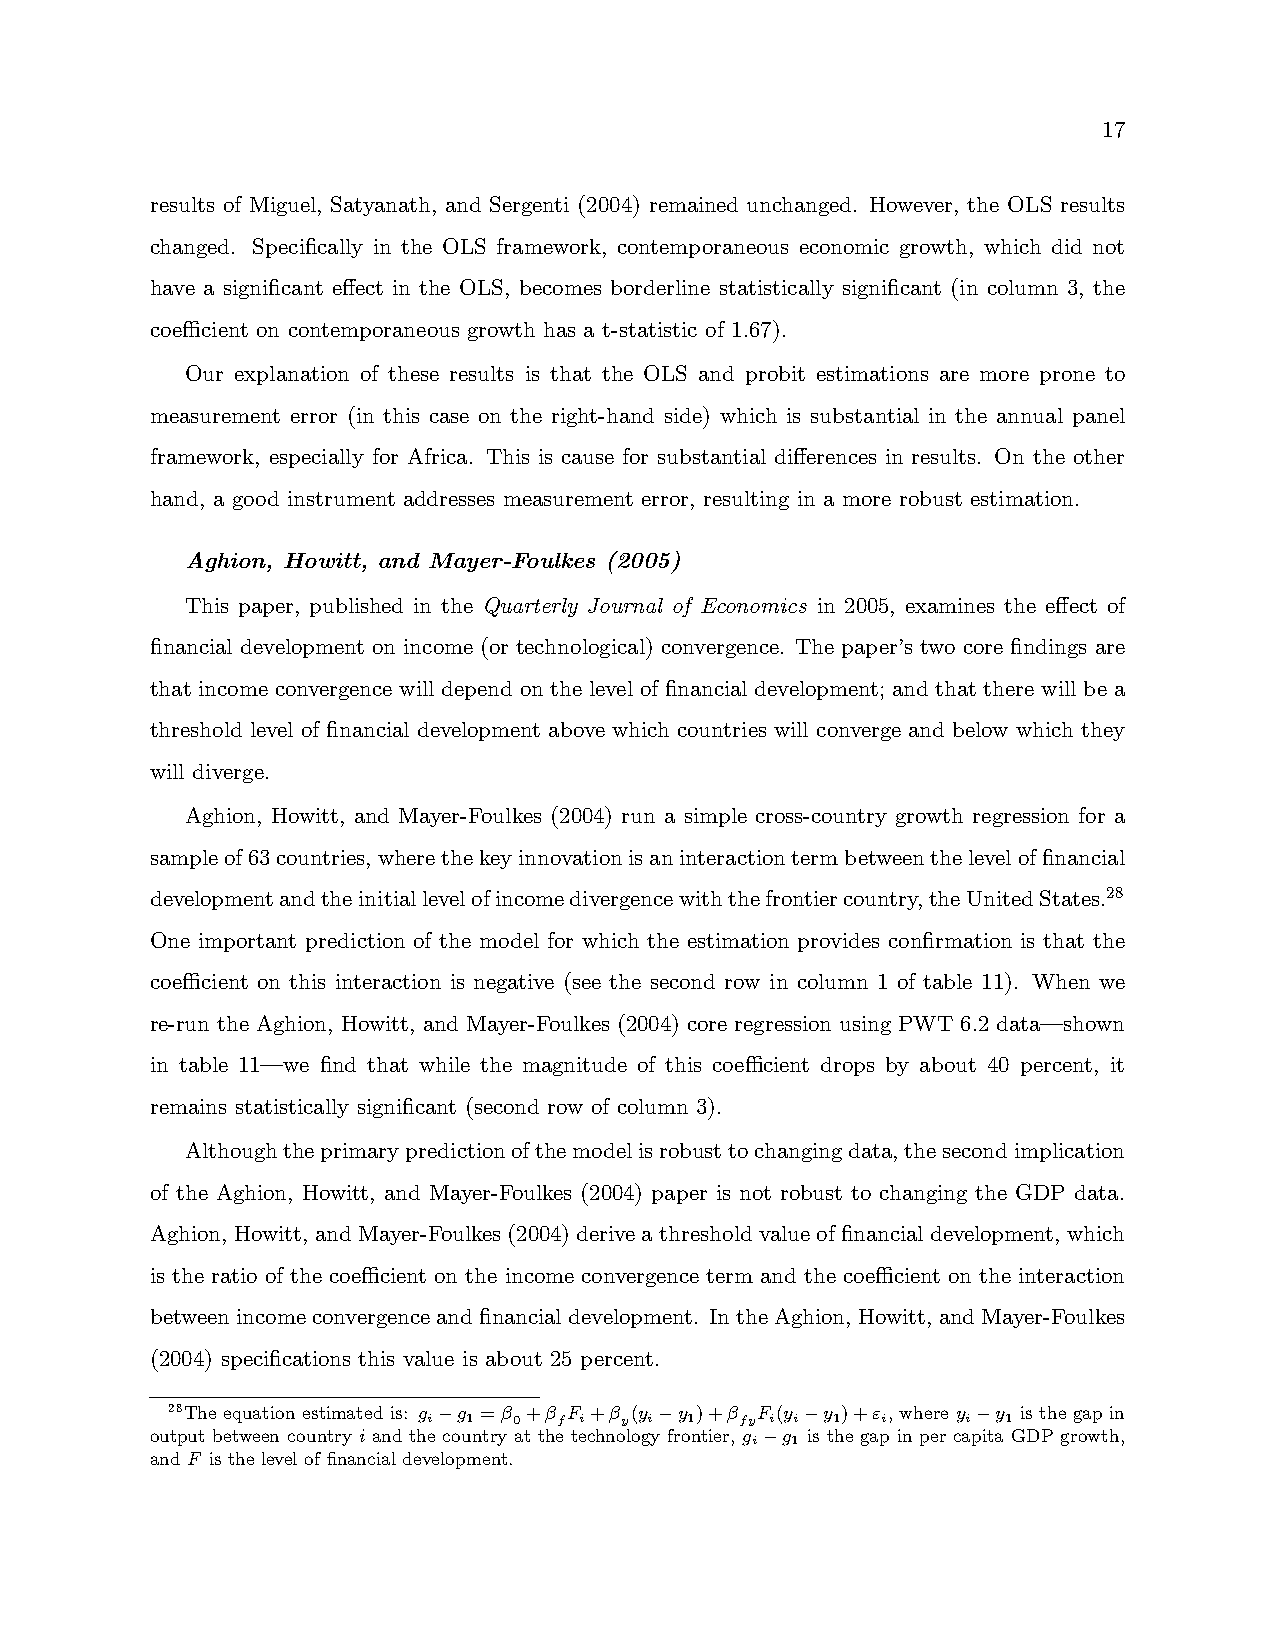
17
 results of Miguel, Satyanath, and Sergenti (2004) remained unchanged. However, the OLS results
 changed. Specifically in the OLS framework, contemporaneous economic growth, which did not
 have a significant effect in the OLS, becomes borderline statistically significant (in column 3, the
 coefficient on contemporaneous growth has a t-statistic of 1.67).
 Our explanation of these results is that the OLS and probit estimations are more prone to
 measurement error (in this case on the right-hand side) which is substantial in the annual panel
 framework, especially for Africa. This is cause for substantial differences in results. On the other
 hand, a good instrument addresses measurement error, resulting in a more robust estimation.
 Aghion, Howitt, and Mayer-Foulkes (2005)
 This paper, published in the Quarterly Journal of Economics in 2005, examines the effect of
 financial development on income (or technological) convergence. The paper’s two core findings are
 that income convergence will depend on the level of financial development; and that there will be a
 threshold level of financial development above which countries will converge and below which they
 will diverge.
 Aghion, Howitt, and Mayer-Foulkes (2004) run a simple cross-country growth regression for a
 sampleof63countries,wherethekeyinnovationisaninteractiontermbetweentheleveloffinancial
 developmentandtheinitiallevelofincomedivergencewiththefrontiercountry,theUnitedStates.28
 One important prediction of the model for which the estimation provides confirmation is that the
 coefficient on this interaction is negative (see the second row in column 1 of table 11). When we
 re-run the Aghion, Howitt, and Mayer-Foulkes (2004) core regression using PWT 6.2 data–shown
 in table 11–we find that while the magnitude of this coefficient drops by about 40 percent, it
 remains statistically significant (second row of column 3).
 Althoughtheprimarypredictionofthemodelisrobusttochangingdata,thesecondimplication
 of the Aghion, Howitt, and Mayer-Foulkes (2004) paper is not robust to changing the GDP data.
 Aghion, Howitt, and Mayer-Foulkes(2004)derivea thresholdvalueoffinancial development, which
 is the ratio of the coefficient on the income convergence term and the coefficient on the interaction
 betweenincomeconvergenceandfinancialdevelopment. IntheAghion, Howitt, andMayer-Foulkes
 (2004) specifications this value is about 25 percent.
 28The equation estimated is:   = +  + (  )+  (  )+ , where   is the gap in
  − 1 0      − 1    − 1     − 1
 output between country  and the country at the technology frontier,   is the gap in per capita GDP growth,
  1
 −
 and  is the level of financial development.